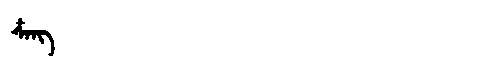
Manchu: ᡮᠠᠩ
Romanization: TSANG